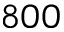
8 0 0